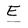
Character: E